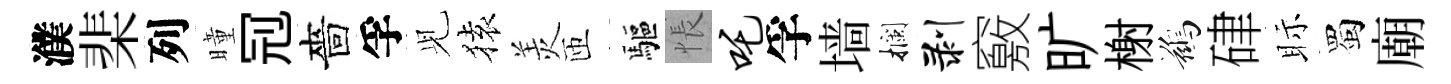
濮棐列曈𠜍嗇孚𫤗𫞤羙匝驅悵吒孚墙攔剥竅旷榭鷀硉眎蜀廟